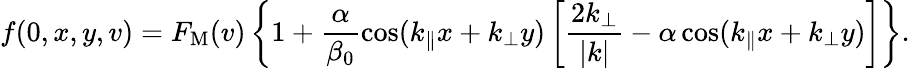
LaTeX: f(0,x,y,v)=F_{\mathrm{M}}(v)\left\{ 1+\frac{\alpha}{\beta_{0}}\cos(k_{\parallel}x+k_{\perp}y)\left[\frac{2k_{\perp}}{|k|}-\alpha\cos(k_{\parallel}x+k_{\perp}y)\right]\right\} .